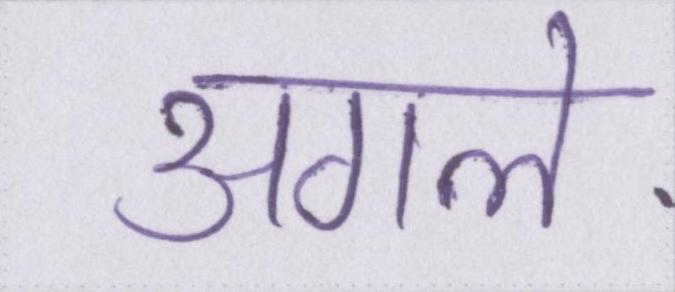
अगले